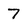
Character: 7